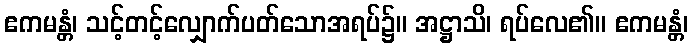
ဧကမန္တံ၊ သင့်တင့်လျှောက်ပတ်သောအရပ်၌။ အဋ္ဌာသိ၊ ရပ်လေ၏။ ဧကမန္တံ၊